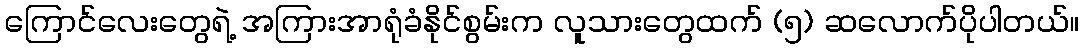
ကြောင်လေးတွေရဲ့ အကြားအာရုံခံနိုင်စွမ်းက လူသားတွေထက် (၅) ဆလောက်ပိုပါတယ်။